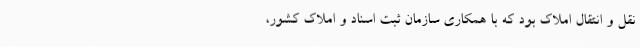
نقل و انتقال املاک بود که با همکاری سازمان ثبت اسناد و املاک کشور،